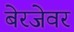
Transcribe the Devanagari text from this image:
बेरजेवर